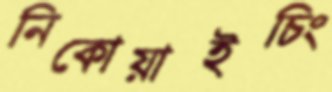
নিকোয়াইচিং